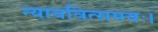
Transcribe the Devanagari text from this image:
न्यायवित्समयः।